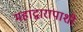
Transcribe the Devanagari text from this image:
महाद्वारापाशी